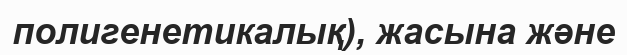
полигенетикалық), жасына және